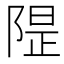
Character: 𱀣